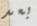
بعد